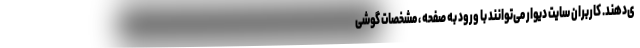
ی‌دهند. کاربران سایت دیوار می‌توانند با ورود به صفحه ، مشخصات گوشی